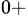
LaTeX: ^{0+}